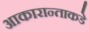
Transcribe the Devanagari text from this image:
आकारान्ताकडे